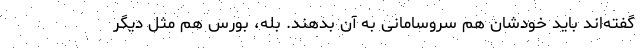
گفته‌‌اند باید خودشان هم سروسامانی به آن بدهند. بله، بورس هم مثل دیگر